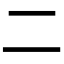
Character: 𠄞